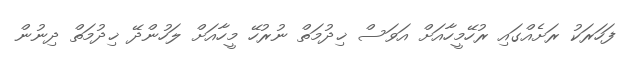
ފަހަރަކު ރަށެއްގައި ރުހޭމީހާއަށް އަވަސް ޚިދުމަތް ނުރުހޭ މީހާއަށް ލަހުންދޭ ޚިދުމަތް ދިނުން